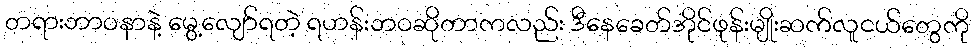
တရားဘာဝနာနဲ့ မွေ့လျော်ရတဲ့ ရဟန်းဘဝဆိုတာကလည်း ဒီနေခေတ်အိုင်ဖုန်းမျိုးဆက်လူငယ်တွေကို